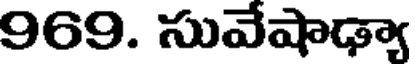
969. సువేషాఢ్యా